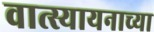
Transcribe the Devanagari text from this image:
वात्स्यायनाच्या